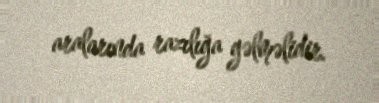
aralarında razılığa gəlməlidir.